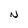
Character: N